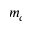
m _ { c }